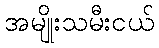
အမျိုးသမီးငယ်